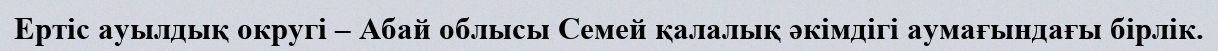
Ертіс ауылдық округі – Абай облысы Семей қалалық әкімдігі аумағындағы бірлік.